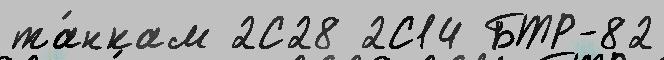
та́нкам 2С28 2С14 БТР-82